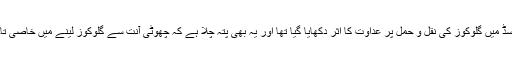
کلوروجینک ایسڈ میں گلوکوز کی نقل و حمل پر عداوت کا اثر دکھایا گیا تھا اور یہ بھی پتہ چلا ہے کہ چھوٹی آنت سے گلوکوز لینے میں خاصی تاخیر ہوئی ہے۔